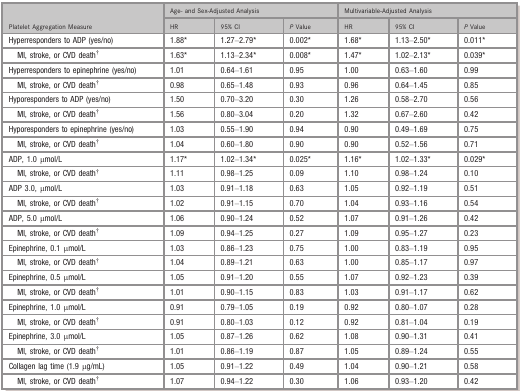
<table><thead><tr><td rowspan="2"><b>Platelet Aggregation Measure</b></td><td colspan="3"><b>Age‐ and Sex‐Adjusted Analysis </b></td><td colspan="3"><b>Multivariable‐Adjusted Analysis </b></td></tr><tr><td><b>HR</b></td><td><b>95% CI</b></td><td><b><i>P</i> Value</b></td><td><b>HR</b></td><td><b>95% CI</b></td><td><b><i>P</i> Value</b></td></tr></thead><tbody><tr><td>Hyperresponders to ADP (yes/no)</td><td>1.88a</td><td>1.27–2.79a</td><td>0.002a</td><td>1.68a</td><td>1.13–2.50a</td><td>0.011a</td></tr><tr><td>MI, stroke, or CVD deathb</td><td>1.63a</td><td>1.13–2.34a</td><td>0.008a</td><td>1.47a</td><td>1.02–2.13a</td><td>0.039a</td></tr><tr><td>Hyperresponders to epinephrine (yes/no)</td><td>1.01</td><td>0.64–1.61</td><td>0.95</td><td>1.00</td><td>0.63–1.60</td><td>0.99</td></tr><tr><td>MI, stroke, or CVD deathb</td><td>0.98</td><td>0.65–1.48</td><td>0.93</td><td>0.96</td><td>0.64–1.45</td><td>0.85</td></tr><tr><td>Hyporesponders to ADP (yes/no)</td><td>1.50</td><td>0.70–3.20</td><td>0.30</td><td>1.26</td><td>0.58–2.70</td><td>0.56</td></tr><tr><td>MI, stroke, or CVD deathb</td><td>1.56</td><td>0.80–3.04</td><td>0.20</td><td>1.32</td><td>0.67–2.60</td><td>0.42</td></tr><tr><td>Hyporesponders to epinephrine (yes/no)</td><td>1.03</td><td>0.55–1.90</td><td>0.94</td><td>0.90</td><td>0.49–1.69</td><td>0.75</td></tr><tr><td>MI, stroke, or CVD deathb</td><td>1.04</td><td>0.60–1.80</td><td>0.90</td><td>0.90</td><td>0.52–1.56</td><td>0.71</td></tr><tr><td>ADP, 1.0 μmol/L</td><td>1.17a</td><td>1.02–1.34a</td><td>0.025a</td><td>1.16a</td><td>1.02–1.33a</td><td>0.029a</td></tr><tr><td>MI, stroke, or CVD deathb</td><td>1.11</td><td>0.98–1.25</td><td>0.09</td><td>1.10</td><td>0.98–1.24</td><td>0.10</td></tr><tr><td>ADP 3.0, μmol/L</td><td>1.03</td><td>0.91–1.18</td><td>0.63</td><td>1.05</td><td>0.92–1.19</td><td>0.51</td></tr><tr><td>MI, stroke, or CVD deathb</td><td>1.02</td><td>0.91–1.15</td><td>0.70</td><td>1.04</td><td>0.93–1.16</td><td>0.54</td></tr><tr><td>ADP, 5.0 μmol/L</td><td>1.06</td><td>0.90–1.24</td><td>0.52</td><td>1.07</td><td>0.91–1.26</td><td>0.42</td></tr><tr><td>MI, stroke, or CVD deathb</td><td>1.09</td><td>0.94–1.25</td><td>0.27</td><td>1.09</td><td>0.95–1.27</td><td>0.23</td></tr><tr><td>Epinephrine, 0.1 μmol/L</td><td>1.03</td><td>0.86–1.23</td><td>0.75</td><td>1.00</td><td>0.83–1.19</td><td>0.95</td></tr><tr><td>MI, stroke, or CVD deathb</td><td>1.04</td><td>0.89–1.21</td><td>0.63</td><td>1.00</td><td>0.85–1.17</td><td>0.97</td></tr><tr><td>Epinephrine, 0.5 μmol/L</td><td>1.05</td><td>0.91–1.20</td><td>0.55</td><td>1.07</td><td>0.92–1.23</td><td>0.39</td></tr><tr><td>MI, stroke, or CVD deathb</td><td>1.01</td><td>0.90–1.15</td><td>0.83</td><td>1.03</td><td>0.91–1.17</td><td>0.62</td></tr><tr><td>Epinephrine, 1.0 μmol/L</td><td>0.91</td><td>0.79–1.05</td><td>0.19</td><td>0.92</td><td>0.80–1.07</td><td>0.28</td></tr><tr><td>MI, stroke, or CVD deathb</td><td>0.91</td><td>0.80–1.03</td><td>0.12</td><td>0.92</td><td>0.81–1.04</td><td>0.19</td></tr><tr><td>Epinephrine, 3.0 μmol/L</td><td>1.05</td><td>0.87–1.26</td><td>0.62</td><td>1.08</td><td>0.90–1.31</td><td>0.41</td></tr><tr><td>MI, stroke, or CVD deathb</td><td>1.01</td><td>0.86–1.19</td><td>0.87</td><td>1.05</td><td>0.89–1.24</td><td>0.55</td></tr><tr><td>Collagen lag time (1.9 μg/mL)</td><td>1.05</td><td>0.91–1.22</td><td>0.49</td><td>1.04</td><td>0.90–1.21</td><td>0.58</td></tr><tr><td>MI, stroke, or CVD deathb</td><td>1.07</td><td>0.94–1.22</td><td>0.30</td><td>1.06</td><td>0.93–1.20</td><td>0.42</td></tr></tbody></table>